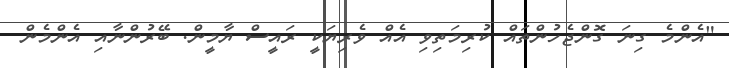
"އެންމެ ގިނަ ގޮންޖެހުންތައް ކުރިމަތިވި އެއް ވެރިޔަކީ ރައީސް ޔާމީން. ބޭރުންނާއި އެންމެން